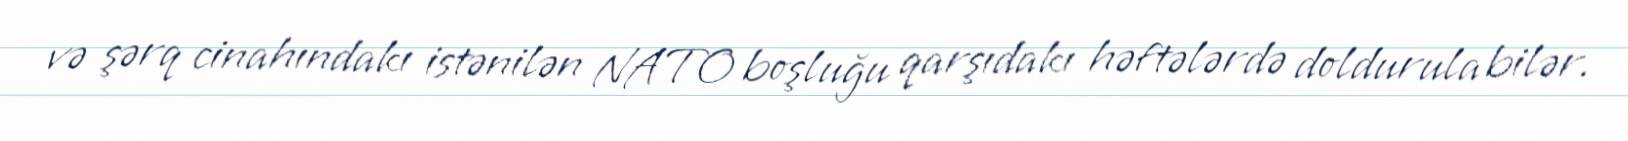
və şərq cinahındakı istənilən NATO boşluğu qarşıdakı həftələrdə doldurula bilər.